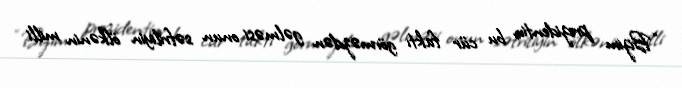
“Bizim prezidentin bu cür faktı görməzdən gəlməsi onun səfriliyin ölkənin milli